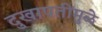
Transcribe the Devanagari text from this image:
दुखापतींमुळे